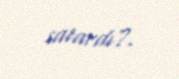
satardı?.